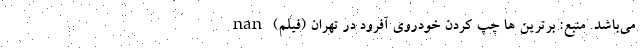
می‌باشد. منبع: برترین ها چپ کردن خودروی آفرود در تهران (فیلم) nan